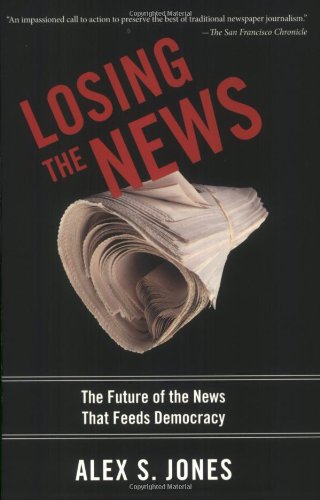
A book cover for Losing the News: The Future of the News that Feeds Democracy (Institutions of American Democracy); Alex Jones; Law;